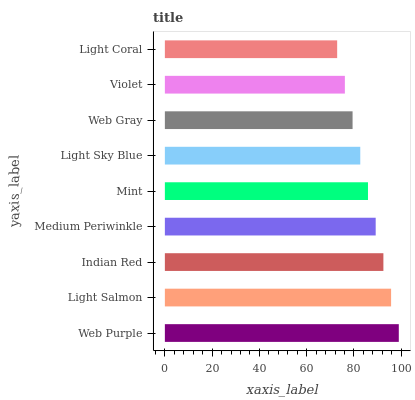
| yaxis_label | bars |
 | --- | --- |
 | Web Purple | 99 |
 | Light Salmon | 95.7 |
 | Indian Red | 92.5 |
 | Medium Periwinkle | 89.2 |
 | Mint | 86 |
 | Light Sky Blue | 82.7 |
 | Web Gray | 79.4 |
 | Violet | 76.2 |
 | Light Coral | 72.9 |